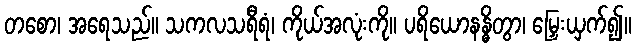
တစော၊ အရေသည်။ သကလသရီရံ၊ ကိုယ်အလုံးကို။ ပရိယောနန္ဓိတွာ၊ မြှေးယှက်၍။